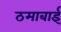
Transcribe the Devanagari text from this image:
ठमाबाई